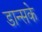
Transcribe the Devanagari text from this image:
डान्सके